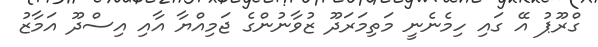
ގްރޫޕު އޭ ގައި ހިމެނެނީ މަތިމަރަދޫ ޒުވާނުންގެ ޖަމިއްޔާ އާއި އިސްދޫ އަމާޒު